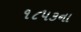
૧૮૫૩ના